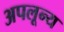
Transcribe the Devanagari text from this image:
अपलून्य